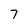
Character: 7